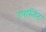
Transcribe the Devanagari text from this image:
उपस्तित